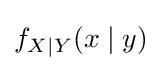
f_{X\mid Y}(x\mid y)